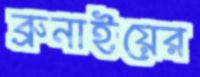
ব্রুনাইয়ের